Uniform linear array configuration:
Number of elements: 24
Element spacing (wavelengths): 0.5
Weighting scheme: exponential
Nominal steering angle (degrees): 45
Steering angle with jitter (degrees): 43.309
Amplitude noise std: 0.05
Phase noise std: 0.05

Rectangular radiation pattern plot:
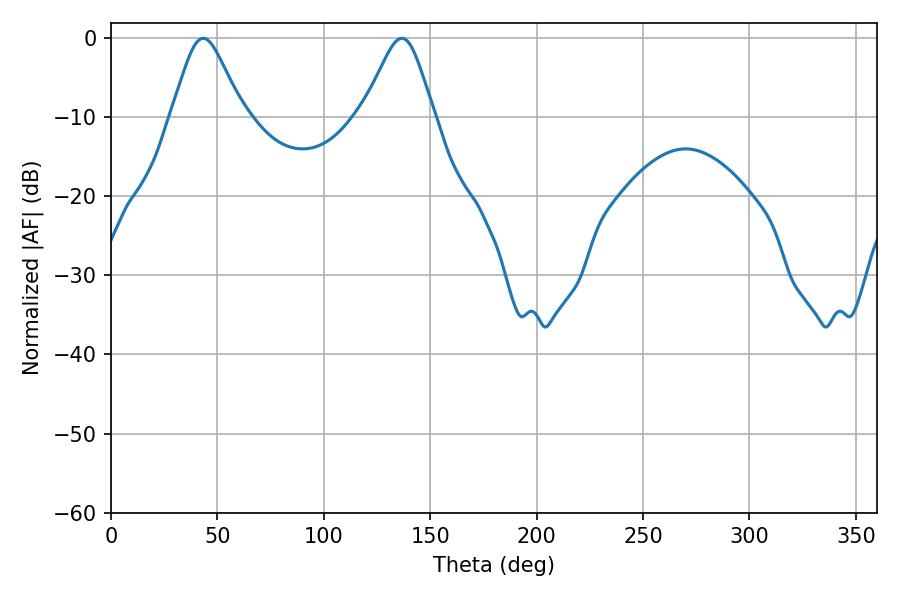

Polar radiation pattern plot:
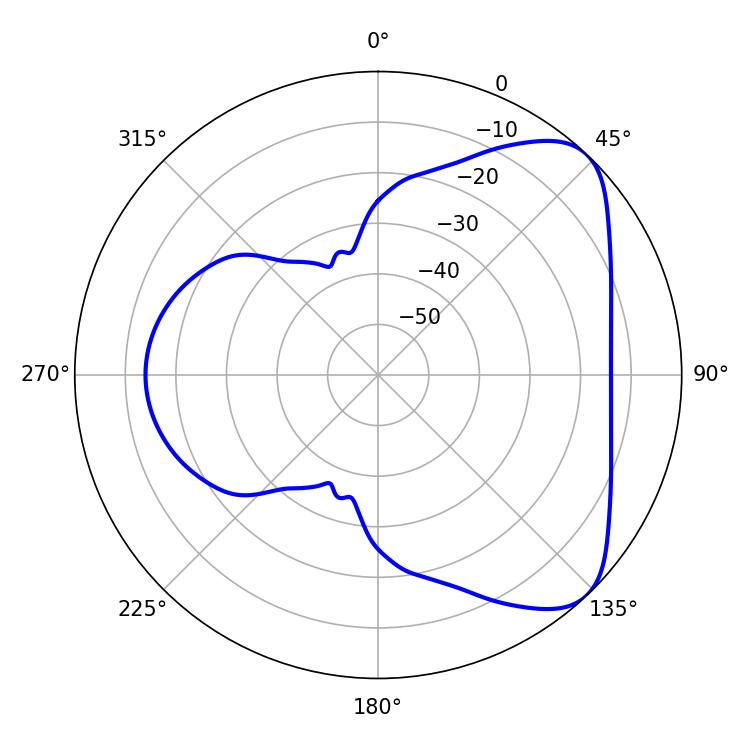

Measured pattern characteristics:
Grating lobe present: FALSE
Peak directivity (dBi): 6.212
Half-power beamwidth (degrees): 16.2
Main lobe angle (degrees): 43.38